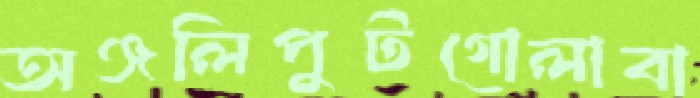
অঞ্জলিপুটগোলাবা